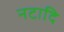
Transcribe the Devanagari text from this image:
नटादि